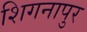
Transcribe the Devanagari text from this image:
शिगनापुर